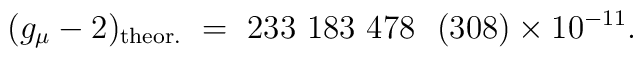
(g_\mu-2)_{\rm theor.} ~=~ 233~ 183~ 478 ~~(308)\times 10^{-11}.